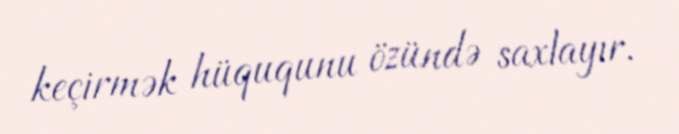
keçirmək hüququnu özündə saxlayır.